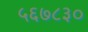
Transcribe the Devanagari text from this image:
५६७८३०